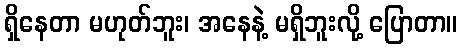
ရှိနေတာ မဟုတ်ဘူး၊ အနေနဲ့ မရှိဘူးလို့ ပြောတာ။